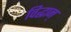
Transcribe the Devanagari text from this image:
विद्धान्‌